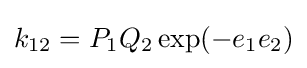
k_{12}=P_{1}Q_{2}\exp(-e_{1}e_{2})